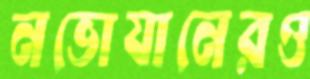
নভোযানেরও